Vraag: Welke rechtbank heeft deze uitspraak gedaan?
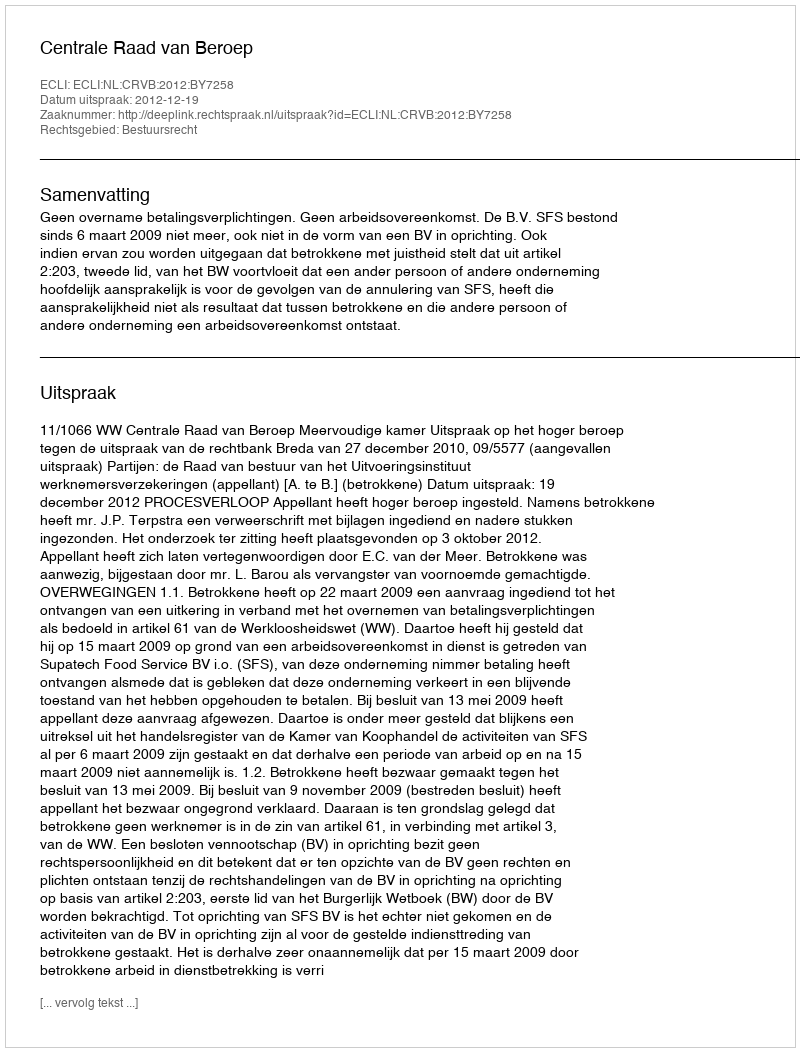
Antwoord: Centrale Raad van Beroep